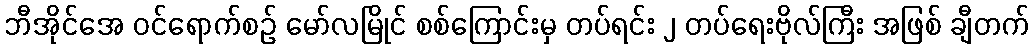
ဘီအိုင်အေ ဝင်ရောက်စဉ် မော်လမြိုင် စစ်ကြောင်းမှ တပ်ရင်း ၂ တပ်ရေးဗိုလ်ကြီး အဖြစ် ချီတက်